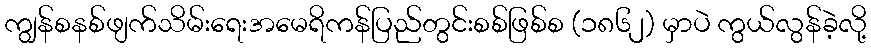
ကျွန်စနစ်ဖျက်သိမ်းရေးအမေရိကန်ပြည်တွင်းစစ်ဖြစ်စ (၁၈၆၂) မှာပဲ ကွယ်လွန်ခဲ့လို့